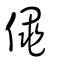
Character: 僶